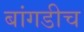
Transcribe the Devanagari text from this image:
बांगडीच